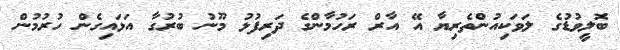
ބޮލީވުޑުގެ ލަވަކިއުންތެރިޔާ އޭ އާރް ރަހުމާންގެ ދަރިފުޅު މޫނު ބުރުގާ އަޅައިގެން ހުރުމުން